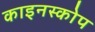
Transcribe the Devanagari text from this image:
काइनस्कोप